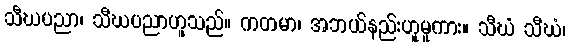
သီဃပညာ၊ သီဃပညာဟူသည်။ ကတမာ၊ အဘယ်နည်းဟူမူကား။ သီဃံ သီဃံ၊